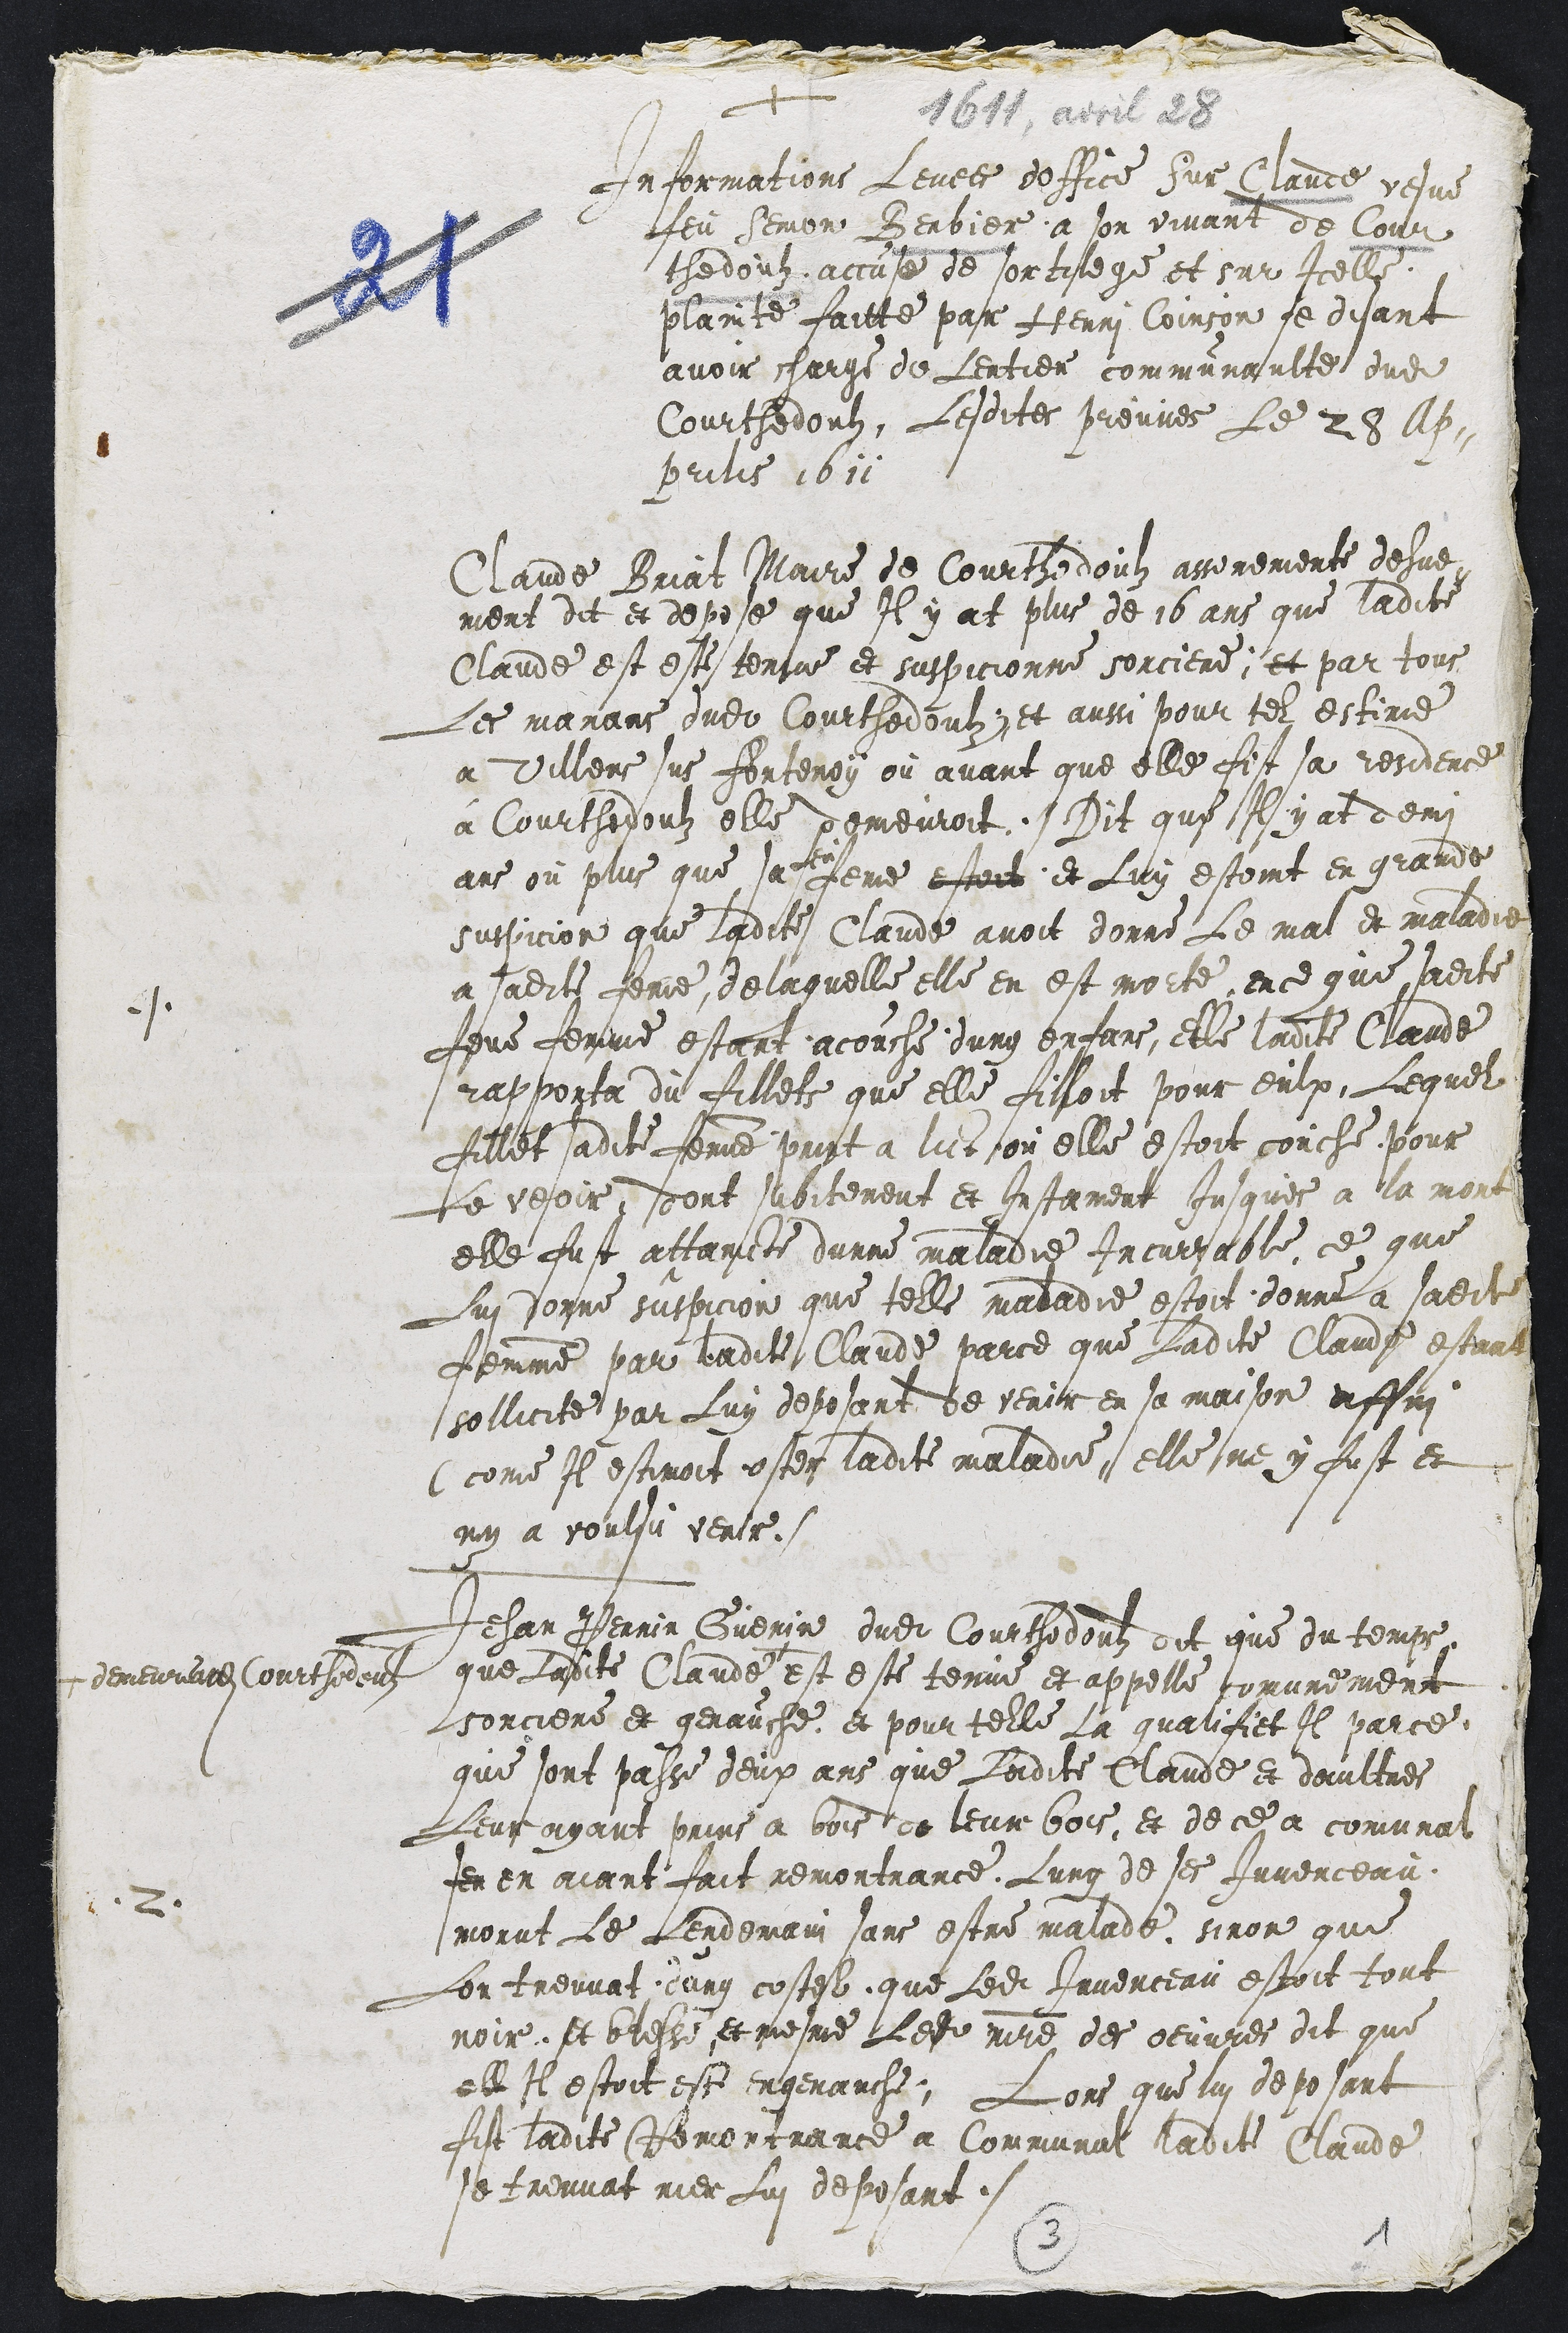
+ 1611, avril 28
Informations levees doffice Sur Claude vesve
feu Semon Berbier a son vivant de Cour
thedoulz accuse de sortilege et sur Icelle
plainte faitte par Henri Coinson se disant
avoir charge de lentier communaulte dudit
Courthedouls, Lesdites preuves Le 28 Ap-
prilis 1611

Claude Briat Maire de Courthedoulz asseremente dehue-
ment dit et depose que Il y at plus de 16 ans que ladite
Claude est este tenue et suspicionne sorciere; et par tous
Les manans dudit Courhedolz; et aussi pour tel estime
a Viellers sus Fontenoy ou avant que elle fit sa residence
à Courthedoulz elle demeuroit. Dit que Il y at demi
ans ou plus que sa feu feme estoit et Luy estoint en grande
suspicion que ladite Claude avoit donne Le mal de maladie
a sadite feme, delaquelle elle en est morte ence que sadite
feue femme estant acouche dung enfans, elle ladite Claude
rapporta du fillets que elle filloit pour eulx, Lequel
fillet sadite femme print a lict ou elle estoit couche pour
Le veoir, dont subitement et Instament Jusques a la mort
elle fust attaincte dunne maladie Incurrable, ce que
Lui donne suspicion que telle maladie estoit donne a sadite
femme par ladite Claude parce que Ladite Claude estant
sollicite par Luy deposant de venir en sa maison affin
(come Il estimoit oster ladite maladie, elle ne y fust et
ny a voulsu venir.
Jehan Perrin Guenin dudit Courthedoulz dit que du temps
que ladite Claude +
+ demeura audit Courthedouls
est este tenue et appelle comunement
sorciere et genauche et pour telle La qualifiet Il parce
que sont passe deux ans que Ladite Claude et daultres
Leur ayant prins a bois de leur bois, et de ce a comunal
fe en aiant fait remontrance, Lung de ses Juvenceau
morut Le Lendemain sans estre malade sinon que
Lon treuvat dung costel que Ledit Juvenceau estoit tout
noir et blessé et mesme Ledit maitre des oeuvres dit que
ell Il estoit este engenauche. Lors que lui deposant
fist ladite Remontrance a Communal ladite Claude
se treuvat rier Lui deposant.

3
1